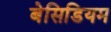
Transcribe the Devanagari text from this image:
बेसिडियम